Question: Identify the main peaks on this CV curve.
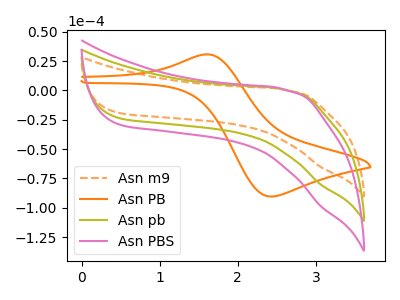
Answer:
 <answer>The orange dashed curve "Asn m9" has no peaks. The orange curve "Asn PB" has an anodic peak at (1.60V, 30.70uA) and a cathodic peak at (2.40V, -90.40uA). The olive curve "Asn pb" has no peaks. The pink curve "Asn PBS" has no peaks.</answer>
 <eval></eval>